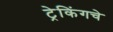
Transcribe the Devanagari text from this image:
ट्रेकिंगचे